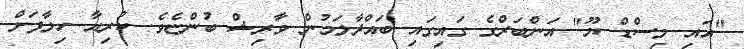
"އައި މިސްޑް ޔޫ" އަންބަރްގެ ގައިގައި ބައްދާލަމުން ވާރިޝް ބުންޏެވެ. ކުރިއާ ހިލާފަށް